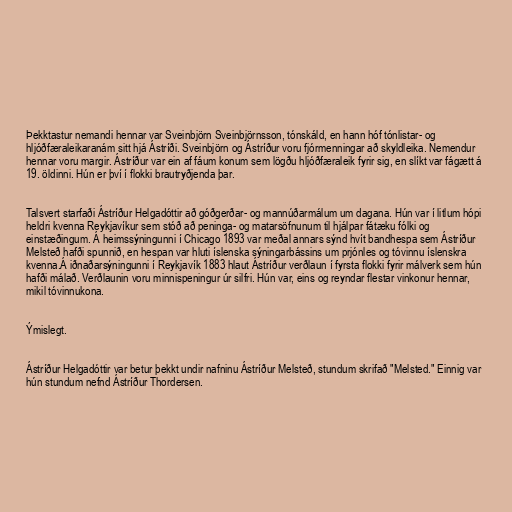
Þekktastur nemandi hennar var Sveinbjörn Sveinbjörnsson, tónskáld, en hann hóf tónlistar- og
hljóðfæraleikaranám sitt hjá Ástríði. Sveinbjörn og Ástríður voru fjórmenningar að skyldleika. Nemendur
hennar voru margir. Ástríður var ein af fáum konum sem lögðu hljóðfæraleik fyrir sig, en slíkt var fágætt á
19. öldinni. Hún er því í flokki brautryðjenda þar.

Talsvert starfaði Ástríður Helgadóttir að góðgerðar- og mannúðarmálum um dagana. Hún var í litlum hópi
heldri kvenna Reykjavíkur sem stóð að peninga- og matarsöfnunum til hjálpar fátæku fólki og
einstæðingum. Á heimssýningunni í Chicago 1893 var meðal annars sýnd hvít bandhespa sem Ástríður
Melsteð hafði spunnið, en hespan var hluti íslenska sýningarbássins um prjónles og tóvinnu íslenskra
kvenna.Á iðnaðarsýningunni í Reykjavík 1883 hlaut Ástríður verðlaun í fyrsta flokki fyrir málverk sem hún
hafði málað. Verðlaunin voru minnispeningur úr silfri. Hún var, eins og reyndar flestar vinkonur hennar,
mikil tóvinnukona.

Ýmislegt.

Ástríður Helgadóttir var betur þekkt undir nafninu Ástríður Melsteð, stundum skrifað "Melsted." Einnig var
hún stundum nefnd Ástríður Thordersen.